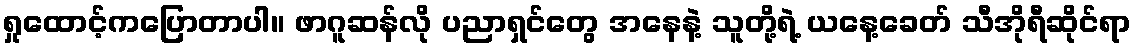
ရှုထောင့်ကပြောတာပါ။ ဖာဂူဆန်လို ပညာရှင်တွေ အနေနဲ့ သူတို့ရဲ့ ယနေ့ခေတ် သီအိုရီဆိုင်ရာ